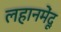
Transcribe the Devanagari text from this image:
लहानमेंदू